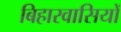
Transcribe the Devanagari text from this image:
बिहारवासियों